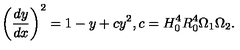
\left( \frac { d y } { d x } \right) ^ { 2 } = 1 - y + c y ^ { 2 } , c = H _ { 0 } ^ { 4 } R _ { 0 } ^ { 4 } \Omega _ { 1 } \Omega _ { 2 } .